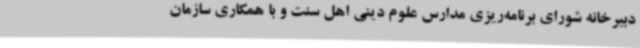
دبیرخانه شورای برنامه‌ریزی مدارس علوم دینی اهل سنت و با همکاری سازمان